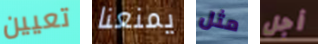
تعيين يمنعنا مثل أجل